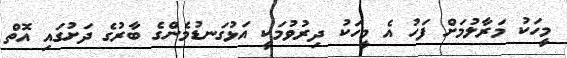
މީހަކު މަރާލުމަށް ފަހު އެ މީހަކު ދިރުވުމަކީ އަޅުގަނޑުމެންގެ ބާރުގެ ދަށުގައި އޮތް